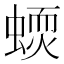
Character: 𧏦